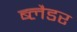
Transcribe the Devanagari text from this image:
ब्‍लैडर